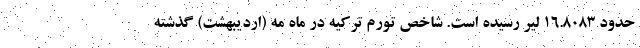
حدود ۱۶.۸۰۸۳ لیر رسیده است. شاخص تورم ترکیه در ماه مه (اردیبهشت) گذشته